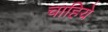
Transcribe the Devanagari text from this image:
चाहिये